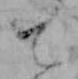
て